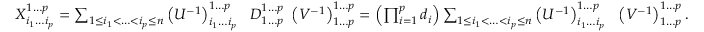
\begin{array} { r } { X _ { i _ { 1 } \dotsc i _ { p } } ^ { 1 \dotsc p } = \sum _ { 1 \leq i _ { 1 } < \dotsc < i _ { p } \leq n } \left( U ^ { - 1 } \right) _ { i _ { 1 } \dotsc i _ { p } } ^ { 1 \dotsc p } \ \ D _ { 1 \dotsc p } ^ { 1 \dotsc p } \ \left( V ^ { - 1 } \right) _ { 1 \dotsc p } ^ { 1 \dotsc p } = \left( \prod _ { i = 1 } ^ { p } d _ { i } \right) \sum _ { 1 \leq i _ { 1 } < \dotsc < i _ { p } \leq n } \left( U ^ { - 1 } \right) _ { i _ { 1 } \dotsc i _ { p } } ^ { 1 \dotsc p } \ \ \left( V ^ { - 1 } \right) _ { 1 \dotsc p } ^ { 1 \dotsc p } . } \end{array}